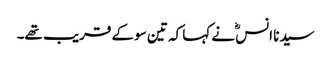
سیدنا انسؓ نے کہا کہ تین سو کے قریب تھے۔